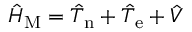
\hat { H } _ { \mathrm { M } } = \hat { T } _ { \mathrm { n } } + \hat { T } _ { \mathrm { e } } + \hat { V }